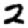
Digit: 2